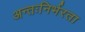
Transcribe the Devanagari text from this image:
अन्तःनिर्भरता